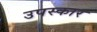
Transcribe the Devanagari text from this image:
उपस्‍कार